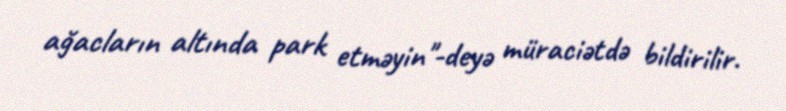
ağacların altında park etməyin"-deyə müraciətdə bildirilir.